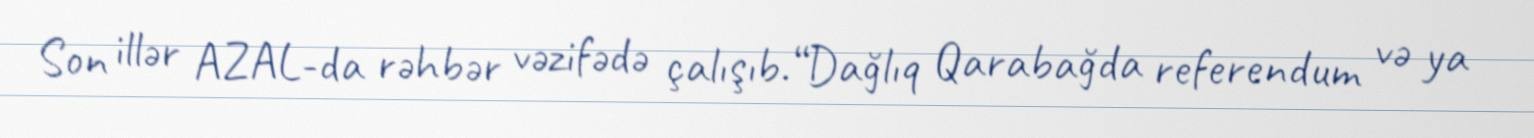
Son illər AZAL-da rəhbər vəzifədə çalışıb.“Dağlıq Qarabağda referendum və ya